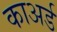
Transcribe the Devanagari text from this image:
काअर्ड